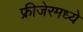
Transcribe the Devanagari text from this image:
फ्रीजेरमध्ये